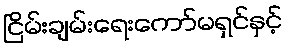
ငြိမ်းချမ်းရေးကော်မရှင်နှင့်